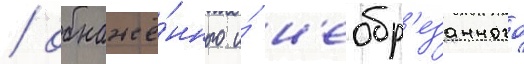
/ обнажё́нного и́ н'еобр'езанного